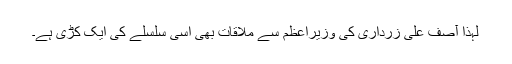
لہٰذا آصف علی زرداری کی وزیراعظم سے ملاقات بھی اسی سلسلے کی ایک کڑی ہے۔